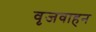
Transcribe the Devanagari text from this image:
वृजवाहन